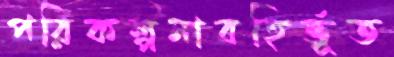
পরিকল্পনাবহির্ভূত